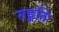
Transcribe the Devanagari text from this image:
सङ्गतिः